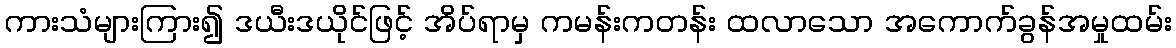
ကားသံများကြား၍ ဒယီးဒယိုင်ဖြင့် အိပ်ရာမှ ကမန်းကတန်း ထလာသော အကောက်ခွန်အမှုထမ်း